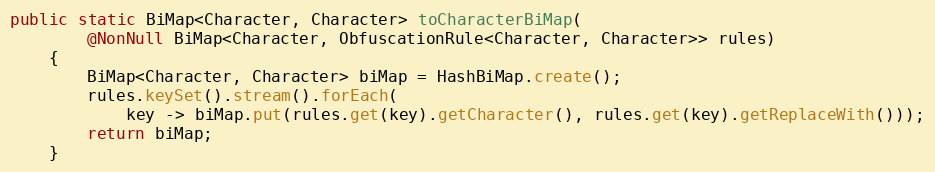
Language: Java
public static BiMap<Character, Character> toCharacterBiMap(
		@NonNull BiMap<Character, ObfuscationRule<Character, Character>> rules)
	{
		BiMap<Character, Character> biMap = HashBiMap.create();
		rules.keySet().stream().forEach(
			key -> biMap.put(rules.get(key).getCharacter(), rules.get(key).getReplaceWith()));
		return biMap;
	}